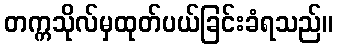
တက္ကသိုလ်မှထုတ်ပယ်ခြင်းခံရသည်။